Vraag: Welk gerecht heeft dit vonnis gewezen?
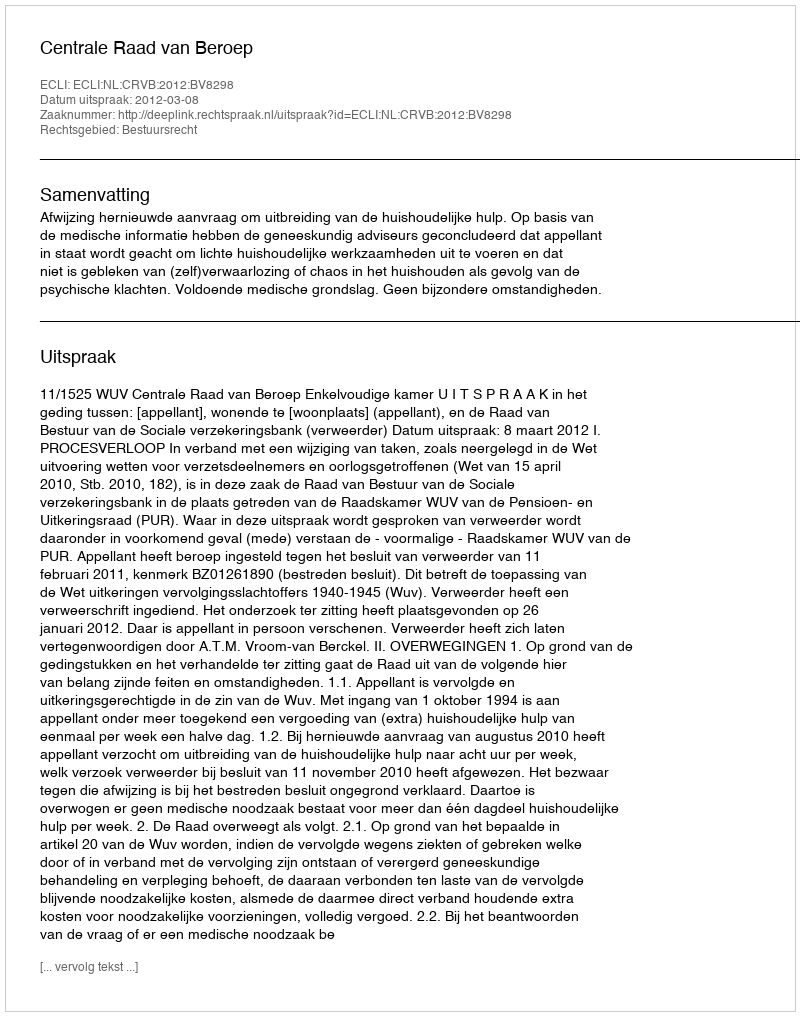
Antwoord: Centrale Raad van Beroep